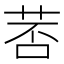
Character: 䓏